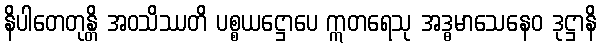
နိပါတေတုန္တိ အဝသိဿတိ ပစ္စယဋ္ဌောပေ ဣတရေသု အဒ္ဓမာသေနေဝ ဒုဋ္ဌာနိ